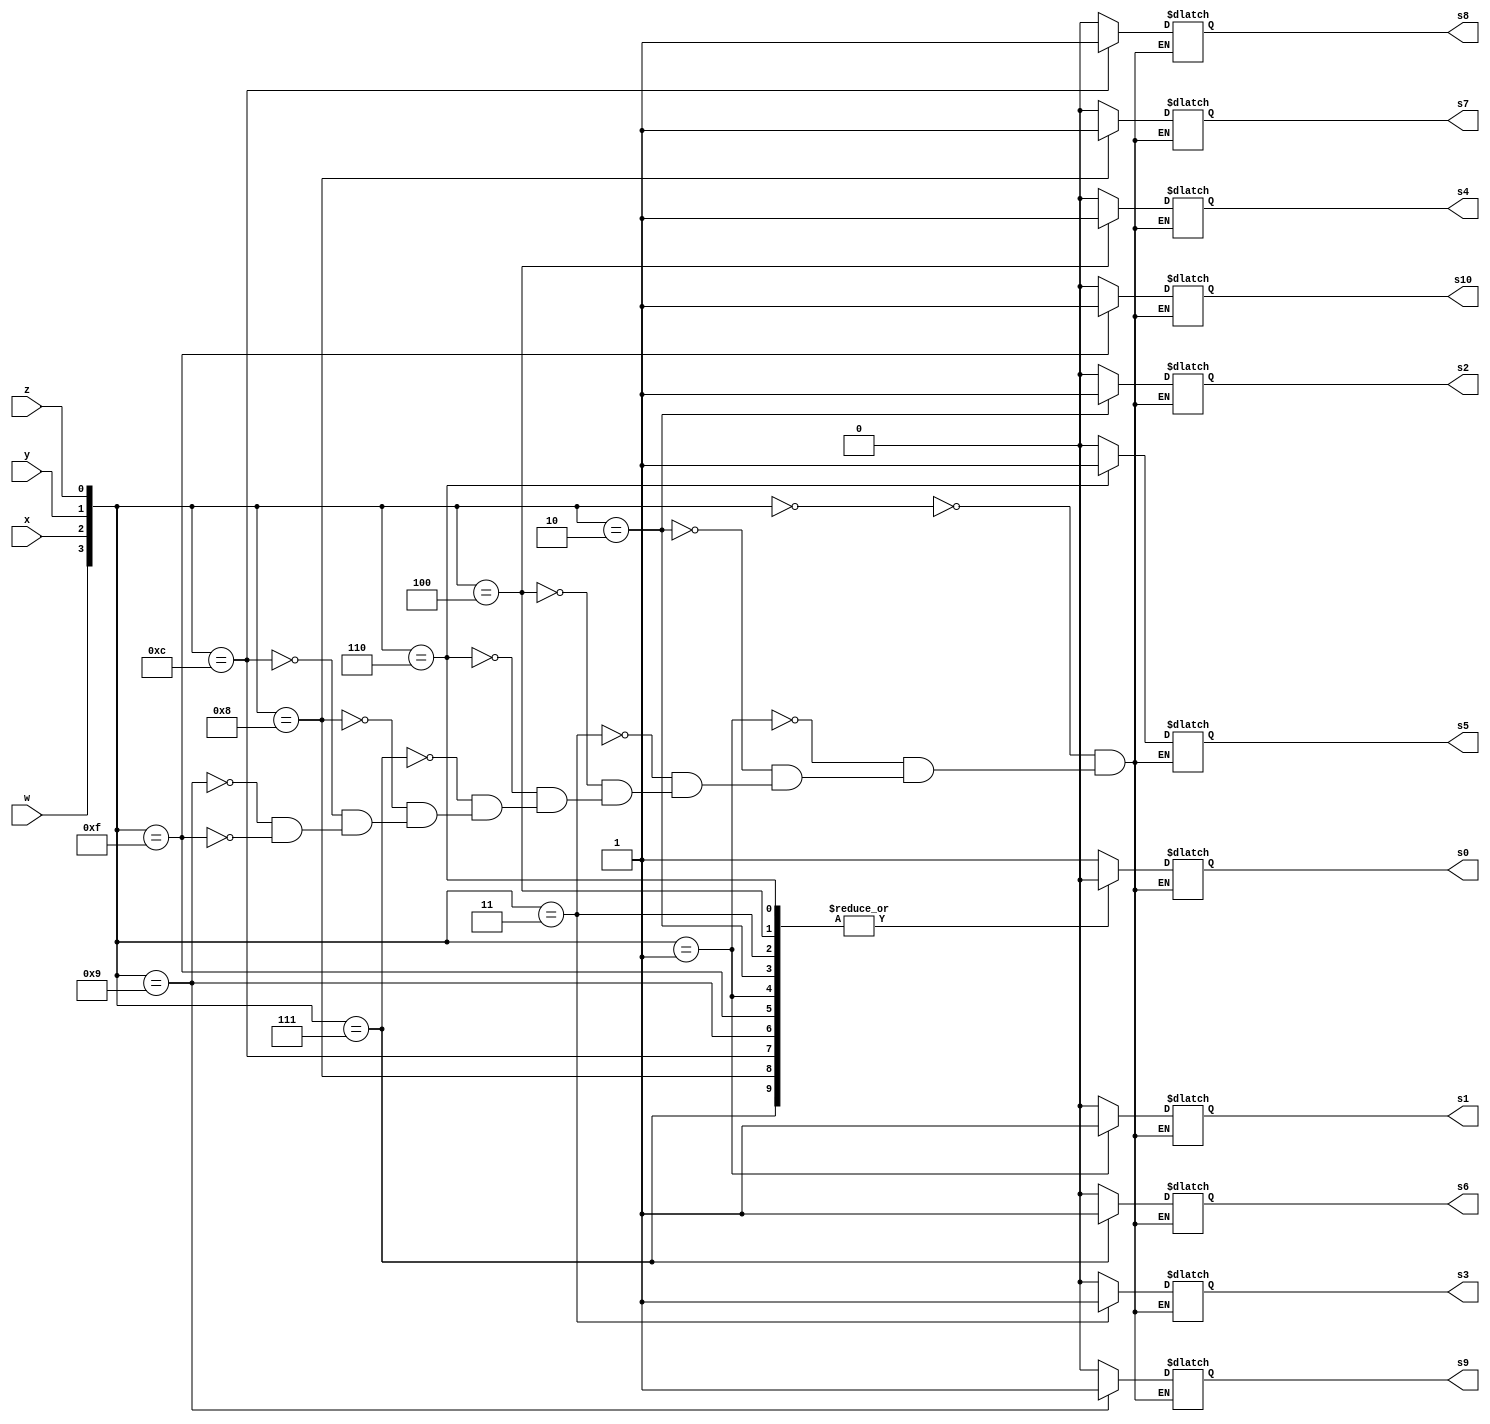
module InstructionDecoder (
	input w,x,y,z,
	output reg s10,s9,s8,s7,s6,s5,s4,s3,s2,s1,s0);
	always @ (w,x,y,z) begin
		case ({w,x,y,z})
			4'b0000: begin{s10,s9,s8,s7,s6,s5,s4,s3,s2,s1,s0} = 11'b00000000001; end 
			4'b0001: begin{s10,s9,s8,s7,s6,s5,s4,s3,s2,s1,s0} = 11'b00000000010;  end
			4'b0010: begin{s10,s9,s8,s7,s6,s5,s4,s3,s2,s1,s0} = 11'b00000000100;  end 
			4'b0011: begin{s10,s9,s8,s7,s6,s5,s4,s3,s2,s1,s0} = 11'b00000001000;  end
			4'b0100: begin{s10,s9,s8,s7,s6,s5,s4,s3,s2,s1,s0} = 11'b00000010000; end
			4'b0110: begin{s10,s9,s8,s7,s6,s5,s4,s3,s2,s1,s0} = 11'b00000100000;  end
			4'b0111: begin{s10,s9,s8,s7,s6,s5,s4,s3,s2,s1,s0} = 11'b00001000000;  end
			4'b1000: begin{s10,s9,s8,s7,s6,s5,s4,s3,s2,s1,s0} = 11'b00010000000;  end
			4'b1100: begin{s10,s9,s8,s7,s6,s5,s4,s3,s2,s1,s0} = 11'b00100000000;  end 
			4'b1001: begin{s10,s9,s8,s7,s6,s5,s4,s3,s2,s1,s0} = 11'b01000000000;  end
			4'b1111: begin{s10,s9,s8,s7,s6,s5,s4,s3,s2,s1,s0} = 11'b10000000000;  end
		endcase
	end
endmodule